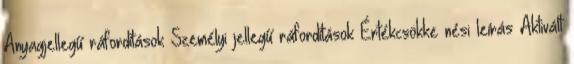
Anyagjellegű ráfordítások Személyi jellegű ráfordítások Értékcsökke nési leírás Aktivált